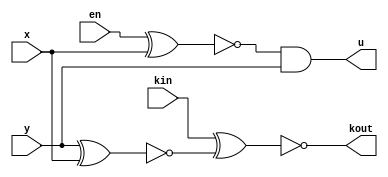


module s_adder(
	input x, y, kin, en,
	output u, kout
);

	wire z, z1, z2, z3,z4,z5;

	xnor (z, en, x);
	and (z1, z, y);
	and (z3, y, kin);
	and (z4, kin, z);

	or (z2, z3, z4);
	or (u, z1, z1);

	xnor (z5, y, x);
	xnor (kout, kin, z5);

endmodule